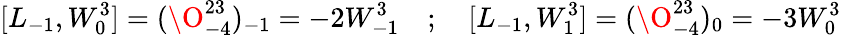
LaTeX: [L_{-1},W_{0}^{3}]=(\O_{-4}^{23})_{-1}=-2W_{-1}^{3}\quad;\quad[L_{-1},W_{1}^{3}]=(\O_{-4}^{23})_{0}=-3W_{0}^{3}